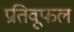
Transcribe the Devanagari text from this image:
प्रतिवूफल